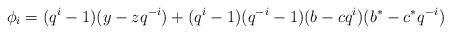
LaTeX: \begin{align*}\phi_i = (q^i-1)(y-zq^{-i}) + (q^i-1)(q^{-i}-1)(b-cq^{i})(b^*-c^*q^{-i})\end{align*}